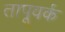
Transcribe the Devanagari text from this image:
तापूवर्क